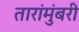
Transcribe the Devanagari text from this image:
तारांमुंबरी